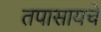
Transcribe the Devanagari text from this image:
तपासायचे